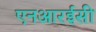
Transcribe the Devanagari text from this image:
एनआरईसी